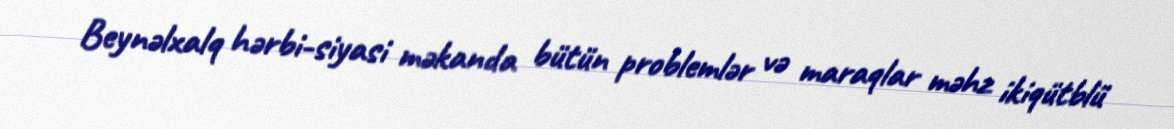
Beynəlxalq hərbi-siyasi məkanda bütün problemlər və maraqlar məhz ikiqütblü